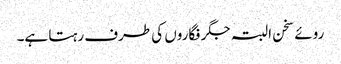
روئے سخن البتہ جگر فگاروں کی طرف رہتا ہے۔